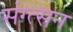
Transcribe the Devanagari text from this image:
संग्त्सन